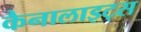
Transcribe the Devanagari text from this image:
कैनालाइट्स